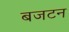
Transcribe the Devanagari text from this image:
बजटन